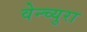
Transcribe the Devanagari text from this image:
वेन्च्युरा